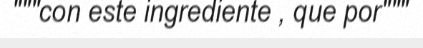
"""con este ingrediente , que por"""